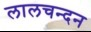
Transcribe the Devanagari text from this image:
लालचन्दन